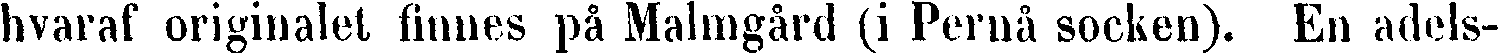
hvaraf originalet finnes på Malmgård (i Pernå socken). En adels-